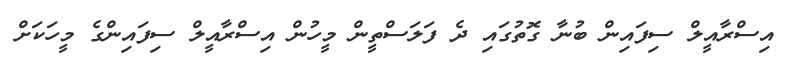
އިސްރާއީލް ސިފައިން ބުނާ ގޮތުގައި ދެ ފަލަސްތީން މީހުން އިސްރާއީލް ސިފައިންގެ މީހަކަށް